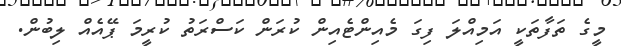
މީގެ ތަފާތަކީ އަމިއްލަ ފިގަ މެއިންޓެއިން ކުރަން ކަސްރަތު ކުރީމަ ޕޭއެއް ލިބުން.